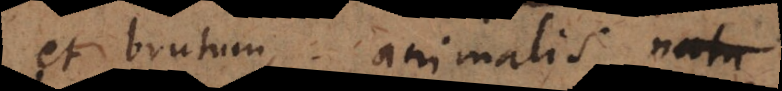
et brutum animalis natu